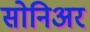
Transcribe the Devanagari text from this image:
सोनिअर